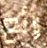
رائع